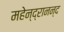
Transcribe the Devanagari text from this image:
महेन्द्रानन्द